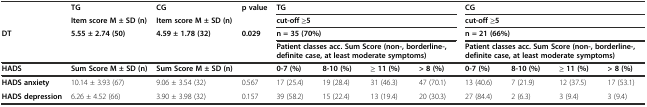
<table><thead><tr><td></td><td><b>TG</b></td><td><b>CG</b></td><td><b>p value</b></td><td colspan="4"><b>TG</b></td><td colspan="4"><b>CG</b></td></tr><tr><td></td><td><b>Item score M ± SD (n)</b></td><td><b>Item score M ± SD (n)</b></td><td></td><td colspan="4"><b>cut-off ≥5</b></td><td colspan="4"><b>cut-off ≥5</b></td></tr><tr><td><b>DT</b></td><td><b>5.55 ± 2.74 (50)</b></td><td><b>4.59 ± 1.78 (32)</b></td><td><b>0.029</b></td><td colspan="4"><b>n = 35 (70%)</b></td><td colspan="4"><b>n = 21 (66%)</b></td></tr><tr><td></td><td></td><td></td><td></td><td colspan="4"><b>Patient classes acc. Sum Score (non-, borderline-, definite case, at least moderate symptoms)</b></td><td colspan="4"><b>Patient classes acc. Sum Score (non-, borderline-, definite case, at least moderate symptoms)</b></td></tr></thead><tbody><tr><td><b>HADS</b></td><td><b>Sum Score M ± SD (n)</b></td><td><b>Sum Score M ± SD (n)</b></td><td></td><td><b>0-7 (%)</b></td><td><b>8-10 (%)</b></td><td><b>≥ 11 (%)</b></td><td><b>&gt; 8 (%)</b></td><td><b>0-7 (%)</b></td><td><b>8-10 (%)</b></td><td><b>≥ 11 (%)</b></td><td><b>&gt; 8 (%)</b></td></tr><tr><td><b>HADS anxiety</b></td><td>10.14 ± 3.93 (67)</td><td>9.06 ± 3.54 (32)</td><td>0.567</td><td>17 (25.4)</td><td>19 (28.4)</td><td>31 (46.3)</td><td>47 (70.1)</td><td>13 (40.6)</td><td>7 (21.9)</td><td>12 (37.5)</td><td>17 (53.1)</td></tr><tr><td><b>HADS depression</b></td><td>6.26 ± 4.52 (66)</td><td>3.90 ± 3.98 (32)</td><td>0.157</td><td>39 (58.2)</td><td>15 (22.4)</td><td>13 (19.4)</td><td>20 (30.3)</td><td>27 (84.4)</td><td>2 (6.3)</td><td>3 (9.4)</td><td>3 (9.4)</td></tr></tbody></table>